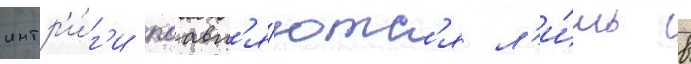
интр'и́г'и поавл'я́ютс'я л'и́шь в